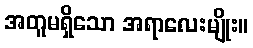
အတူမရှိသော အရာလေးမျိုး။